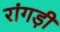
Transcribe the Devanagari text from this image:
रांगड़ी